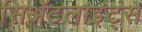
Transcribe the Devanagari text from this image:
सिॲटलाइट्स